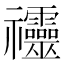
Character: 䄥